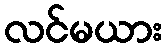
လင်မယား